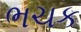
ભચક